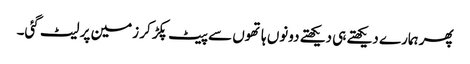
پھر ہمارے دیکھتے ہی دیکھتے دونوں ہاتھوں سے پیٹ پکڑ کر زمین پر لیٹ گئی۔